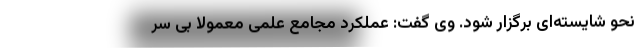
نحو شایسته‌ای برگزار شود. وی گفت: عملکرد مجامع علمی معمولاً بی سر